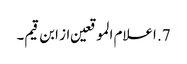
7. اعلام الموقعین از ابن قیم۔